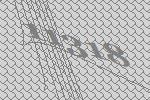
11318